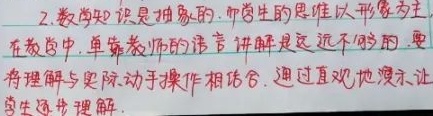
2. 数学知识是抽象的，而学生的思维以形象为主，
在教学中，单靠教师的语言讲解是远远不够的，要
将理解与实际动手操作相结合，通过直观地演示让
学生逐步理解.